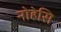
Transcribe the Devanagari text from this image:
नोहेसि